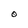
Character: O